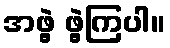
အဖွဲ့ ဖွဲ့ကြပါ။